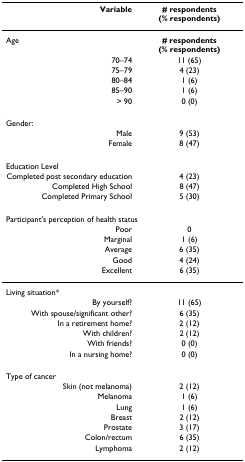
<table><thead><tr><td><b>Variable</b></td><td><b># respondents (% respondents)</b></td></tr></thead><tbody><tr><td>Age</td><td><b># respondents (% respondents)</b></td></tr><tr><td>70–74</td><td>11 (65)</td></tr><tr><td>75–79</td><td>4 (23)</td></tr><tr><td>80–84</td><td>1 (6)</td></tr><tr><td>85–90</td><td>1 (6)</td></tr><tr><td>&gt; 90</td><td>0 (0)</td></tr><tr><td colspan="2">Gender:</td></tr><tr><td>Male</td><td>9 (53)</td></tr><tr><td>Female</td><td>8 (47)</td></tr><tr><td colspan="2">Education Level</td></tr><tr><td>Completed post secondary education</td><td>4 (23)</td></tr><tr><td>Completed High School</td><td>8 (47)</td></tr><tr><td>Completed Primary School</td><td>5 (30)</td></tr><tr><td colspan="2">Participant&#x27;s perception of health status</td></tr><tr><td>Poor</td><td>0</td></tr><tr><td>Marginal</td><td>1 (6)</td></tr><tr><td>Average</td><td>6 (35)</td></tr><tr><td>Good</td><td>4 (24)</td></tr><tr><td>Excellent</td><td>6 (35)</td></tr><tr><td colspan="2">Living situation*</td></tr><tr><td>By yourself?</td><td>11 (65)</td></tr><tr><td>With spouse/significant other?</td><td>6 (35)</td></tr><tr><td>In a retirement home?</td><td>2 (12)</td></tr><tr><td>With children?</td><td>2 (12)</td></tr><tr><td>With friends?</td><td>0 (0)</td></tr><tr><td>In a nursing home?</td><td>0 (0)</td></tr><tr><td colspan="2">Type of cancer</td></tr><tr><td>Skin (not melanoma)</td><td>2 (12)</td></tr><tr><td>Melanoma</td><td>1 (6)</td></tr><tr><td>Lung</td><td>1 (6)</td></tr><tr><td>Breast</td><td>2 (12)</td></tr><tr><td>Prostate</td><td>3 (17)</td></tr><tr><td>Colon/rectum</td><td>6 (35)</td></tr><tr><td>Lymphoma</td><td>2 (12)</td></tr></tbody></table>